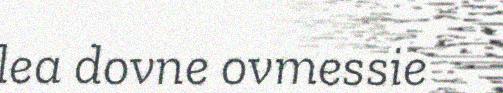
lea dovne ovmessie